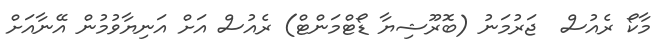
މާކޯ ރެއުސް  ޖަރުމަނު (ބޮރޫޝިޔާ ޑޯޓްމަންޓް) ރެއުސް އަށް އަނިޔާވުމުން އޭނާއަށް